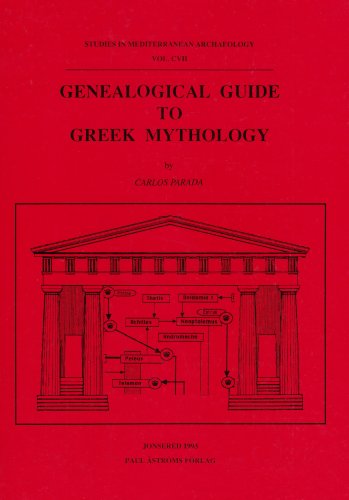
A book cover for Genealogical Guide to Greek Mythology (Studies in Mediterranean Archaeology, Vol 107); Carlos Parada; Reference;